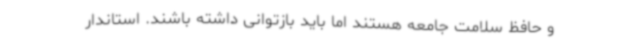
و حافظ سلامت جامعه هستند اما باید بازتوانی داشته باشند. استاندار